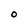
Character: O